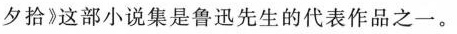
夕拾》这部小说集是鲁迅先生的代表作品之一。